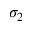
\sigma _ { 2 }